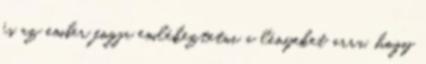
és az ember fogja emlékeztetni a lényeket arra, hogy